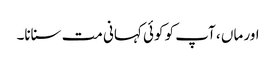
اور ماں ، آپ کو کوئی کہانی مت سنانا۔